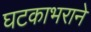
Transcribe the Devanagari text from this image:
घटकाभराने